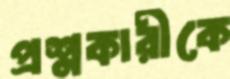
প্রশ্নকারীকে